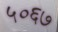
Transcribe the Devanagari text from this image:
५०६७